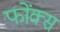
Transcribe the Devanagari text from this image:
फोंक्स